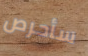
سأحرص